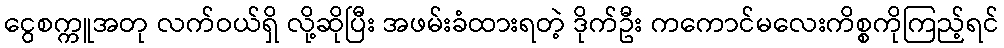
ငွေစက္ကူအတု လက်ဝယ်ရှိ လို့ဆိုပြီး အဖမ်းခံထားရတဲ့ ဒိုက်ဦး ကကောင်မလေးကိစ္စကိုကြည့်ရင်